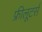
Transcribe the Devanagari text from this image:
फ्रीलूटर्स